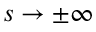
s \to \pm \infty